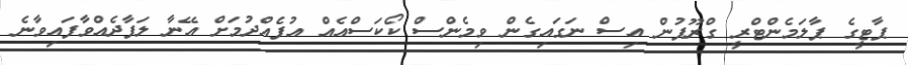
ޕާޓީގެ ޕާލަމެންޓްރީ ގްރޫޕުން އިސް ނަގައިގެން ވިމެންސް ކޯކަސްއެއް އުފެއްދުމަށް އޭނާ ލަފާދެއްވާފައިވާނެ